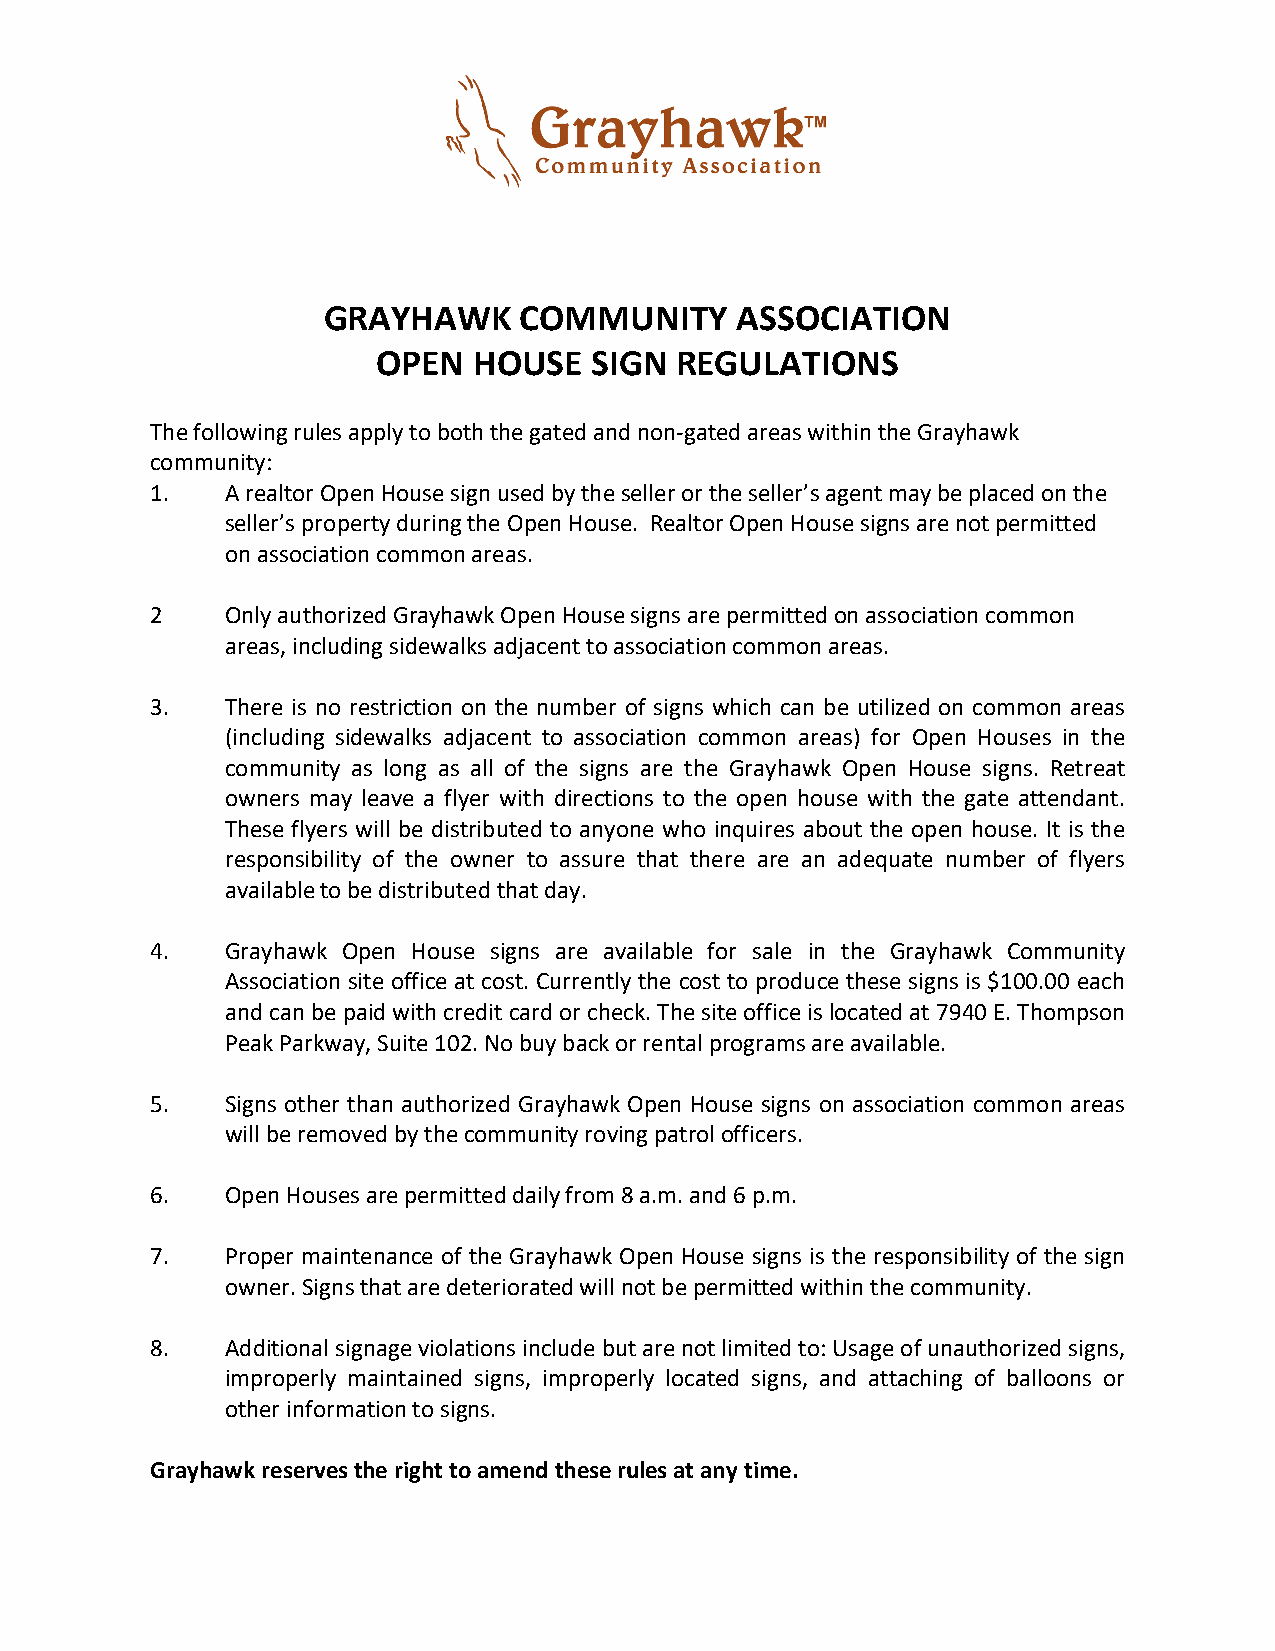
GRAYHAWK     COMMUNITY      ASSOCIATION
 OPEN  HOUSE   SIGN  REGULATIONS
 The following rules apply to both the gated and non-gated areas within the Grayhawk
 community:
 1.   A realtor Open House sign used by the seller or the seller’s agent may be placed on the
 seller’s property during the Open House. Realtor Open House signs are not permitted
 on association common areas.
 2    Only authorized Grayhawk Open House signs are permitted on association common
 areas, including sidewalks adjacent to association common areas.
 3.   There is no restriction on the number of signs which can be utilized on common areas
 (including sidewalks adjacent to association common areas) for Open Houses in the
 community as long as all of the signs are the Grayhawk Open House signs. Retreat
 owners may leave a flyer with directions to the open house with the gate attendant.
 These flyers will be distributed to anyone who inquires about the open house. It is the
 responsibility of the owner to assure that there are an adequate number of flyers
 available to be distributed that day.
 4.   Grayhawk Open House signs are available for sale in the Grayhawk Community
 Association site office at cost. Currently the cost to produce these signs is $100.00 each
 and can be paid with credit card or check. The site office is located at 7940 E. Thompson
 Peak Parkway, Suite 102. No buy back or rental programs are available.
 5.   Signs other than authorized Grayhawk Open House signs on association common areas
 will be removed by the community roving patrol officers.
 6.   Open Houses are permitted daily from 8 a.m. and 6 p.m.
 7.   Proper maintenance of the Grayhawk Open House signs is the responsibility of the sign
 owner. Signs that are deteriorated will not be permitted within the community.
 8.   Additional signage violations include but are not limited to: Usage of unauthorized signs,
 improperly maintained signs, improperly located signs, and attaching of balloons or
 other information to signs.
 Grayhawk reserves the right to amend these rules at any time.